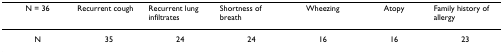
<table><thead><tr><td><b>N = 36</b></td><td><b>Recurrent cough</b></td><td><b>Recurrent lung infiltrates</b></td><td><b>Shortness of breath</b></td><td><b>Wheezing</b></td><td><b>Atopy</b></td><td><b>Family history of allergy</b></td></tr></thead><tbody><tr><td>N</td><td>35</td><td>24</td><td>24</td><td>16</td><td>16</td><td>23</td></tr></tbody></table>